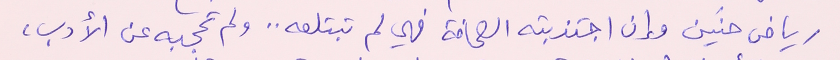
رياض حنَين وإن اجتذبته الصحافة فهي لم تبتلعه .. ولم تحجبه عن الأدب،